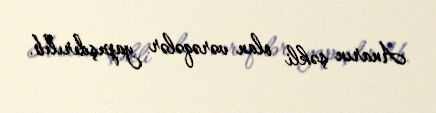
Anarın şəkli olan vərəqələr yapışdırılıb.